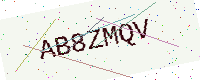
Text: AB8ZMQV